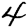
Digit: 4